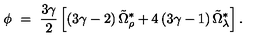
\phi \ = \ \frac { 3 \gamma } { 2 } \left[ \left( 3 \gamma - 2 \right) \tilde { \Omega } _ { \rho } ^ { \ast } + 4 \left( 3 \gamma - 1 \right) \tilde { \Omega } _ { \lambda } ^ { \ast } \right] .